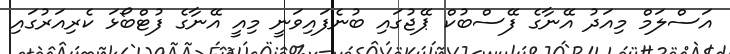
އަސްލަމް މިއަދު އޭނާގެ ފޭސްބުކް ޕޭޖުގައި ބުނެފައިވަނީ މިއީ އޭނާގެ ފުޓްބޯޅަ ކެރިއަރުގައި